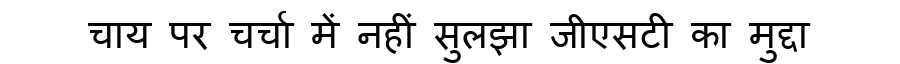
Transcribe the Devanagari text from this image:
चाय पर चर्चा में नहीं सुलझा जीएसटी का मुद्दा